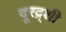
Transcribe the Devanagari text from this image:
दूरद्र्शी